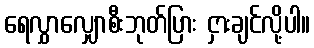
ရေလွှာလျှောစီးဘုတ်ပြား ငှားချင်လို့ပါ။